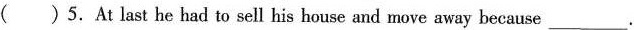
( )5.At last he had to sell his house and move away because___.